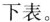
下表。